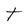
Character: t